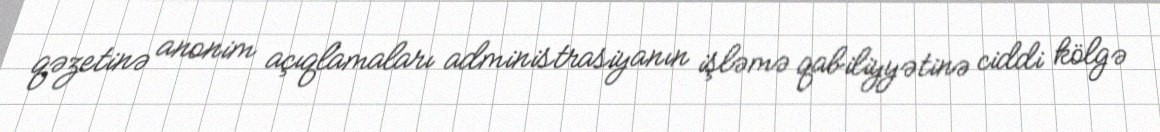
qəzetinə anonim açıqlamaları administrasiyanın işləmə qabiliyyətinə ciddi kölgə